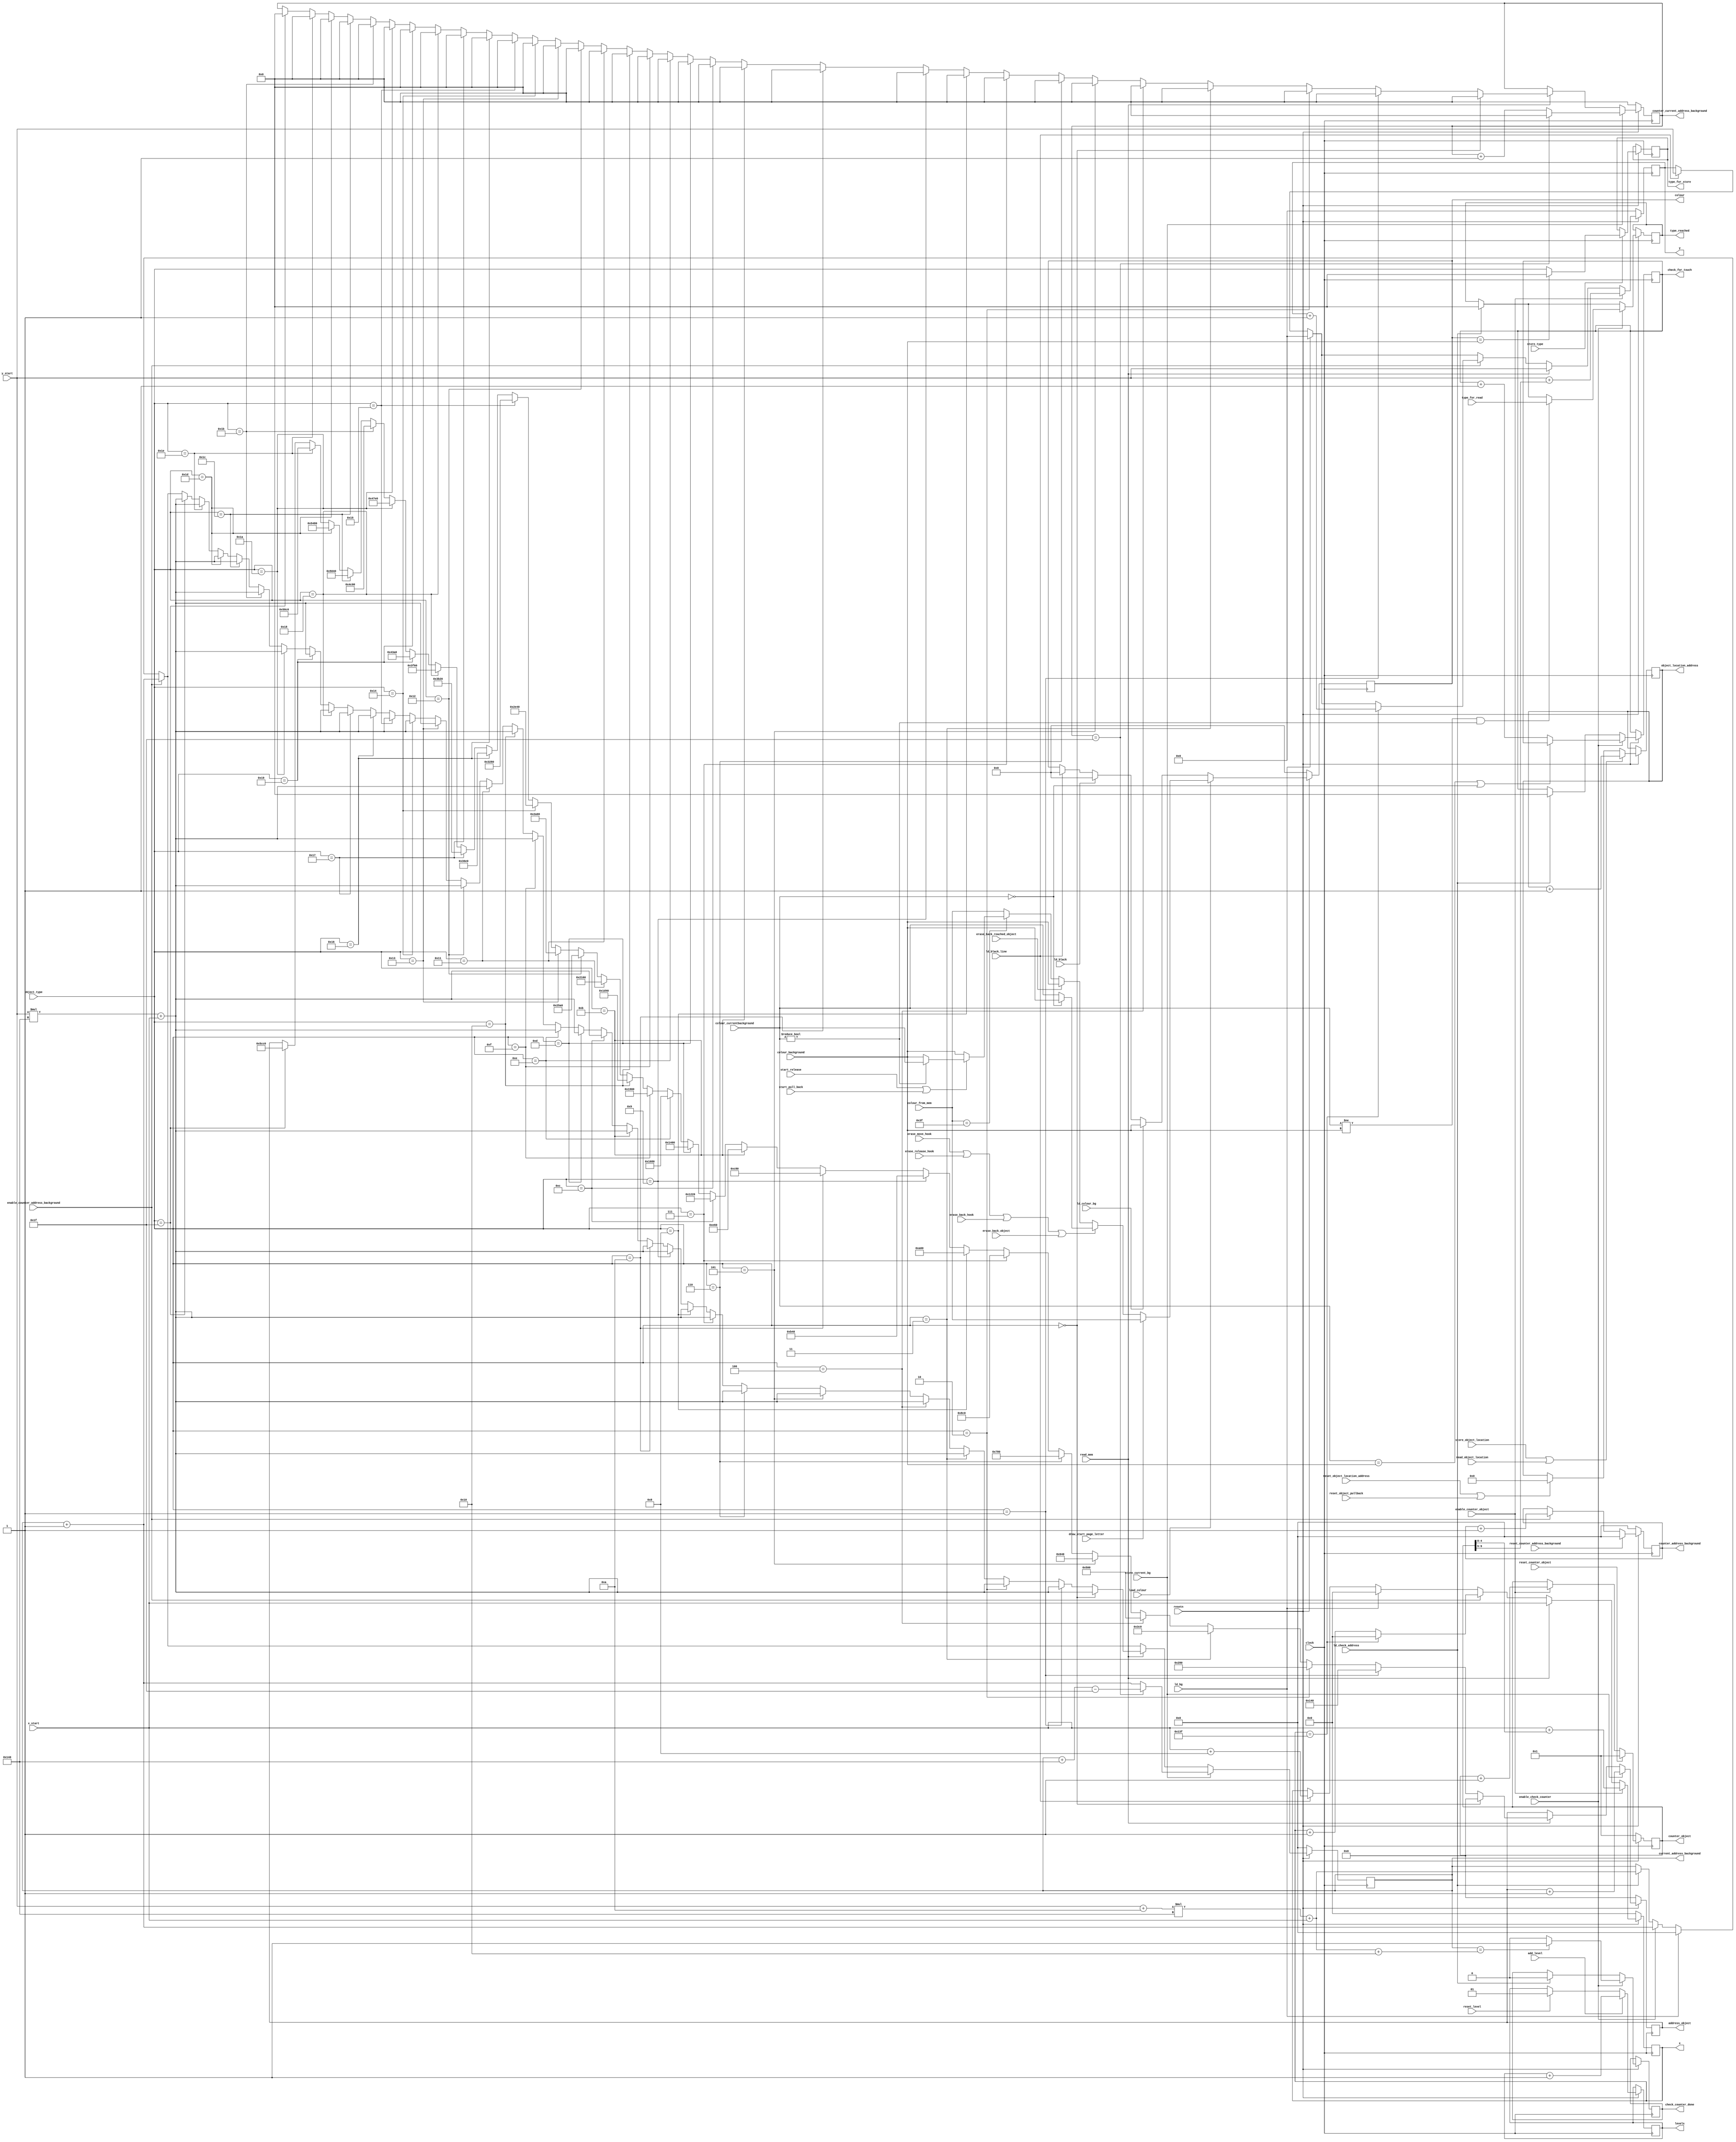

module datapath(
  input clock, resetn,  
	  	input [4:0] object_type,
		input [5:0] colour_from_mem,
		input [5:0] colour_background,
		input [5:0] colour_currentbackground,

		// for drawing start page letters
		input draw_start_page_letter,

		// for store, read the type of object
		output reg [4:0] type_for_store,

		input [4:0] type_for_read,
		output reg [4:0] type_reached,

		// for storing object_location_address
		input reset_object_location_address,
		output reg [3:0] object_location_address,
		input store_object_location, read_object_location,
		input reset_object_pullback,

		// for release module
		output reg [4:0] check_for_touch,
		input enable_check_counter,
		input ld_check_address,
		output reg check_counter_done,
		
		input erase_release_hook,
		input erase_move_hook,
		input erase_back_hook,
		input erase_back_object,
		input erase_back_reached_object,
		
		input ld_black_line,

		// for levels
		output reg [1:0] levels,
	 	input add_level,
	 	input reset_level,
		
		
		// input from release and pull back, for drawing and erasing
		input start_release,
		input start_pull_back,

		input read_mem, load_colour, ld_bg, ld_colour_bg, ld_black, store_current_bg, store_type,
		input enable_counter_object, reset_counter_object,
		input enable_counter_address_background, reset_counter_address_background,
		input [8:0] x_start,
		input [7:0] y_start,
		output reg [9:0] counter_object,
		output reg [14:0] address_object,
		output reg [16:0] current_address_background,
		output reg [4:0] counter_current_address_background,
		output reg [16:0] counter_address_background,
		output reg [8:0] x,
		output reg [7:0] y,
		output reg [5:0] colour
    );


    // Registers x, y, colour with respective input logic
    always@(posedge clock) begin
        if(!resetn) begin
            address_object <= 15'b0;
	    current_address_background <= 17'b0;
	    counter_object <= 10'd1;
	    counter_current_address_background <= 5'b0;
	    counter_address_background <= 17'b0;
	    colour <= 6'b0;
	    x <= 9'b0;
	    y <= 8'b0;
        end
	

	else begin

	// for levels
		if (reset_level)
			levels <= 2'b1;

		if (add_level)
			levels <= levels + 1'b1;

	// for reset object location address
	 	if(reset_object_location_address || reset_object_pullback)
			object_location_address <= 4'd0;
	
	// for storing object_location
		if(store_object_location || read_object_location)
			object_location_address <= object_location_address + 1'b1;

	// for draw black line

		if(ld_black_line) begin
			x <= x_start + 4'd8;
			y <= y_start;
			colour <= 6'd0;
		end

		

	// for checking whether the hook is going to touch object

		if (ld_check_address) begin
			current_address_background <= (y_start + 4'd10) * 9'd320 + x_start;	// 4'd10 for height of the hook
			check_for_touch <= 5'd0;
			check_counter_done <= 1'b0;
			type_reached <= 5'd0;
		end

		if (enable_check_counter) begin
			current_address_background <= current_address_background + 1'b1;
			check_for_touch <= (colour_currentbackground == colour_background || colour_currentbackground == 6'b0) ? check_for_touch: check_for_touch + 1'b1;
			if (colour_currentbackground != colour_background && colour_currentbackground != 6'b0)
				type_reached <= type_for_read;
			if (current_address_background == (y_start + 4'd10) * 9'd320 + x_start + 5'd16)  // 16 is the length of the hook
				check_counter_done <= 1'b1;
			else
				check_counter_done <= 1'b0;
		end		
	
	
	
	// for drawing background
		if (ld_bg) begin
		   current_address_background <= 17'b0;
			x <= 9'b0;
			y <= 8'b0;
		end	

		if (ld_black)
			colour <= 6'b0;

		if (ld_colour_bg) 
			colour <= colour_background;
				
		if (enable_counter_address_background) begin
			counter_address_background <= counter_address_background + 1'b1;
			current_address_background <= current_address_background + 1'b1;
			if (x == 9'd319) begin
				x <= 9'b0;
				y <= y + 1'b1;
			end
			
			else
				x <= x + 1'b1;
        end	
		
		if(reset_counter_address_background)
			counter_address_background <= 17'b0;

	

	// for drawing single object
		if(read_mem) begin 

		    if(object_type == 5'd0)  begin
			 	    counter_current_address_background <= 5'b0;
			 		    current_address_background <= y_start * 9'd320 + x_start;
                	address_object <= 15'b0;
			x <= x_start;
			y <= y_start;
			end
		    else if(object_type == 5'd1) begin
			 	    counter_current_address_background <=  5'b0;
			 		    current_address_background <= y_start * 9'd320 + x_start;
			address_object <= 15'd320;
			x <= x_start;
			y <= y_start;
			end
		    else if(object_type == 5'd2) begin
			 	    counter_current_address_background <=  5'b0;
			 		    current_address_background <= y_start * 9'd320 + x_start;
			address_object <= 15'd640;
			x <= x_start;
			y <= y_start;
			end
		    else if(object_type == 5'd3) begin
			 	    counter_current_address_background <=  5'b0;
			 		    current_address_background <= y_start * 9'd320 + x_start;
			address_object <= 15'd960;
			x <= x_start;
			y <= y_start;
			end
		    else if(object_type == 5'd4) begin
			 	    counter_current_address_background <=  5'b0;
			 		    current_address_background <= y_start * 9'd320 + x_start;
			address_object <= 15'd1280;
			x <= x_start;
			y <= y_start;
			end
		    else if(object_type == 5'd5) begin
			 	    counter_current_address_background <=  5'b0;
			 		    current_address_background <= y_start * 9'd320 + x_start;
			address_object <= 15'd1600;
			x <= x_start;
			y <= y_start;
			end
		    else if(object_type == 5'd6) begin
			 	    counter_current_address_background <=  5'b0;
			 		    current_address_background <= y_start * 9'd320 + x_start;
			address_object <= 15'd1920;
			x <= x_start;
			y <= y_start;
			end
		    else if(object_type == 5'd7) begin
			 	    counter_current_address_background <=  5'b0;
			 		    current_address_background <= y_start * 9'd320 + x_start;
			address_object <= 15'd2240;
			x <= x_start;
			y <= y_start;
			end
		    else if(object_type == 5'd8) begin
			 	    counter_current_address_background <=  5'b0;
			 		    current_address_background <= y_start * 9'd320 + x_start;
			address_object <= 15'd2560;
			x <= x_start;
			y <= y_start;
			end
		    else if(object_type == 5'd9) begin
			 	    counter_current_address_background <=  5'b0;
			 		    current_address_background <= y_start * 9'd320 + x_start;
			address_object <= 15'd2880;
			x <= x_start;
			y <= y_start;
			end
		    else if(object_type == 5'd10) begin
			 	    counter_current_address_background <=  5'b0;
			 		    current_address_background <= y_start * 9'd320 + x_start;
			address_object <= 15'd3200;
			x <= x_start;
			y <= y_start;
			end
		    else if(object_type == 5'd11) begin
			 	    counter_current_address_background <=  5'b0;
			 		    current_address_background <= y_start * 9'd320 + x_start;
			address_object <= 15'd3680;
			x <= x_start;
			y <= y_start;
			end
		    else if(object_type == 5'd12) begin
			 	    counter_current_address_background <=  5'b0;
			 		    current_address_background <= y_start * 9'd320 + x_start;
			address_object <= 15'd4640;
			x <= x_start;
			y <= y_start;
			end
		    else if(object_type == 5'd13) begin
			 	    counter_current_address_background <=  5'b0;
			 		    current_address_background <= y_start * 9'd320 + x_start;
			address_object <= 15'd5120;
			x <= x_start;
			y <= y_start;
			end
		    else if(object_type == 5'd14) begin
			 	    counter_current_address_background <=  5'b0;
			 		    current_address_background <= y_start * 9'd320 + x_start;
			address_object <= 15'd5760;
			x <= x_start;
			y <= y_start;
			end
		    else if(object_type == 5'd15) begin
			 	    counter_current_address_background <=  5'b0;
			 		    current_address_background <= y_start * 9'd320 + x_start;
			address_object <= 15'd6400;
			x <= x_start;
			y <= y_start;
			end
		    else if(object_type == 5'd16) begin
			 	    counter_current_address_background <=  5'b0;
			 		    current_address_background <= y_start * 9'd320 + x_start;
			address_object <= 15'd7488;
			x <= x_start;
			y <= y_start;
			end
		    else if(object_type == 5'd17) begin
			 	    counter_current_address_background <=  5'b0;
			 		    current_address_background <= y_start * 9'd320 + x_start;
			address_object <= 15'd8544;
			x <= x_start;
			y <= y_start;
			end
		    else if(object_type == 5'd18) begin
			 	    counter_current_address_background <=  5'b0;
			 		    current_address_background <= y_start * 9'd320 + x_start;
			address_object <= 15'd9632;
			x <= x_start;
			y <= y_start;
			end
		    else if(object_type == 5'd19) begin
			 	    counter_current_address_background <=  5'b0;
			 		    current_address_background <= y_start * 9'd320 + x_start;
			address_object <= 15'd10752;
			x <= x_start;
			y <= y_start;
			end
		    else if(object_type == 5'd20) begin
			 	    counter_current_address_background <=  5'b0;
			 		    current_address_background <= y_start * 9'd320 + x_start;
			address_object <= 15'd11840;
			x <= x_start;
			y <= y_start;
			end
		    else if(object_type == 5'd21) begin
			 	    counter_current_address_background <=  5'b0;
			 		    current_address_background <= y_start * 9'd320 + x_start;
			address_object <= 15'd12928;
			x <= x_start;
			y <= y_start;
			end
		    else if(object_type == 5'd22) begin
			 	    counter_current_address_background <=  5'b0;
			 		    current_address_background <= y_start * 9'd320 + x_start;
			address_object <= 15'd14048;
			x <= x_start;
			y <= y_start;
			end
		    else if(object_type == 5'd23) begin
			 	    counter_current_address_background <=  5'b0;
			 		    current_address_background <= y_start * 9'd320 + x_start;
			address_object <= 15'd15136;
			x <= x_start;
			y <= y_start;
			end
		    else if(object_type == 5'd24) begin
			 	    counter_current_address_background <=  5'b0;
			 		    current_address_background <= y_start * 9'd320 + x_start;
			address_object <= 15'd16224;
			x <= x_start;
			y <= y_start;
			end
		    else if(object_type == 5'd25) begin
			 	    counter_current_address_background <=  5'b0;
			 		    current_address_background <= y_start * 9'd320 + x_start;
			address_object <= 15'd17312;
			x <= x_start;
			y <= y_start;
			end
		    else if(object_type == 5'd26) begin
			 	    counter_current_address_background <=  5'b0;
			 		    current_address_background <= y_start * 9'd320 + x_start;
			address_object <= 15'd18400;
			x <= x_start;
			y <= y_start;
			end
		    else if(object_type == 5'd27) begin
			 	    counter_current_address_background <=  5'b0;
			 		    current_address_background <= y_start * 9'd320 + x_start;
			address_object <= 15'd19456;
			x <= x_start;
			y <= y_start;
			end
		    else if(object_type == 5'd28) begin
			 	    counter_current_address_background <=  5'b0;
			 		    current_address_background <= y_start * 9'd320 + x_start;
			address_object <= 15'd20544;
			x <= x_start;
			y <= y_start;
			end
		    else if(object_type == 5'd29) begin
			 	    counter_current_address_background <=  5'b0;
			 		    current_address_background <= y_start * 9'd320 + x_start;
			address_object <= 15'd21632;
			x <= x_start;
			y <= y_start;
			end
		    else if(object_type == 5'd30) begin
			 	    counter_current_address_background <=  5'b0;
			 		    current_address_background <= y_start * 9'd320 + x_start;
			address_object <= 15'd22720;
			x <= x_start;
			y <= y_start;
			end
		    else if(object_type == 5'd31) begin
			 	    counter_current_address_background <=  5'b0;
			 		    current_address_background <= y_start * 9'd320 + x_start;
			address_object <= 15'd23744;
			x <= x_start;
			y <= y_start;
			end
		    else
			x <= x_start;
			y <= y_start;
			end

            
		if(load_colour) begin
		
		   if (draw_start_page_letter)
			colour <= colour_from_mem;

		   // for erase case, use background colour
		   else if (erase_move_hook || erase_release_hook || erase_back_hook || erase_back_object) begin
				if (colour_currentbackground == 6'b0)
					colour <= colour_background;
				else
					colour <= colour_currentbackground;
			end
			
			else if(erase_back_reached_object)
				colour <= colour_background;
		   
			// for not erase cases	
		   else if(colour_from_mem == 6'b111111) begin
				if (start_release || start_pull_back) begin
					if (colour_currentbackground != 6'b0)
						colour <= colour_currentbackground;
					else
						colour <= colour_background;
				end
				else
					colour <= colour_background;
		   end
		  
		   else 
            		colour <= colour_from_mem;
		end
		

		if (store_type) begin
			if (colour == colour_background)
				type_for_store <= 5'd0;
			else
				type_for_store <= object_type;
		end
		
		if (store_current_bg) begin
			address_object <= address_object + 1'b1;
			if (counter_current_address_background == 5'd31) begin
			 counter_current_address_background <= 5'b0;
			  current_address_background <= current_address_background + 9'd320 - 5'd31;
			end
			else begin
			  current_address_background <= current_address_background + 1'b1;
			  counter_current_address_background <= counter_current_address_background + 1'b1;
			end
		end
			
		

			
            
		if(enable_counter_object) begin
			counter_object <= counter_object + 1'b1;
			x <= x_start + counter_object[4:0];	
			y <= y_start + counter_object[9:5];
		end
		
		if(reset_counter_object) begin
		  counter_object <= 10'd1;
		end
   
    end
	 end



 endmodule